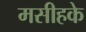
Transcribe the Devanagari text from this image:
मसीहके